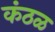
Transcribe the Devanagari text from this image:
कंठळ